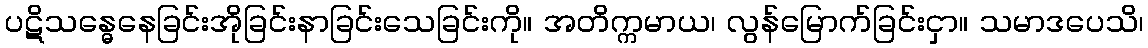
ပဋိသန္ဓေနေခြင်းအိုခြင်းနာခြင်းသေခြင်းကို။ အတိက္ကမာယ၊ လွန်မြောက်ခြင်းငှာ။ သမာဒပေသိ၊